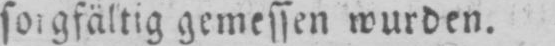
sorgfältig gemessen wurden.